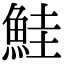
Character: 鮭